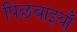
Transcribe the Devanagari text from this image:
पिछवाइयाँ